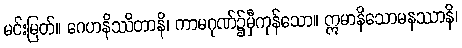
မင်းမြတ်။ ဂေဟနိဿိတာနိ၊ ကာမဂုဏ်၌မှီကုန်သော။ ဣမာနိသောမနဿာနိ၊